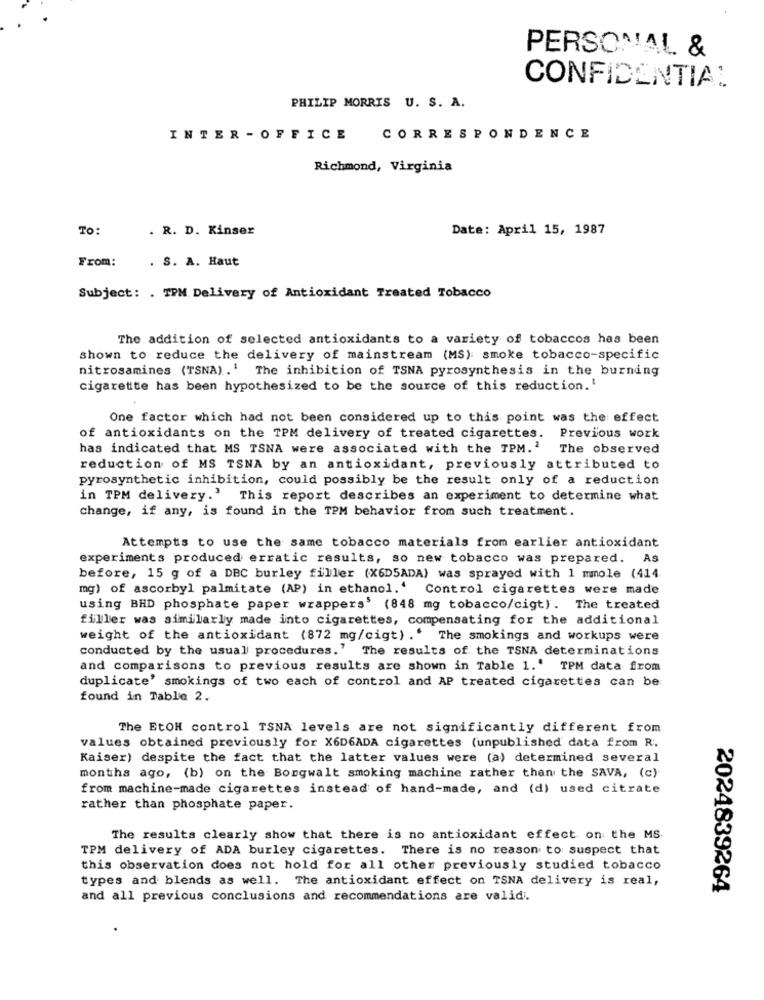
PERSONAL &
CONFIDENTIAL
PHILIP MORRIS U. S. A.
INTER - OFFICE
CORRESPONDENCE
Richmond, Virginia
To:
. R. D. Kinser
Date: April 15, 1987
From:
. S. A. Haut
Subject: . TPM Delivery of Antioxidant Treated Tobacco
The addition of selected antioxidants to a variety of tobaccos has been
shown to reduce the delivery of mainstream (MS): smoke tobacco-specific
nitrosamines (TSNA).' The inhibition of TSNA pyrosynthesis in the burning
cigarette has been hypothesized to be the source of this reduction.'
One factor which had not been considered up to this point was the effect
of antioxidants on the TPM delivery of treated cigarettes. Previous work
has indicated that MS TSNA were associated with the TPM.'
The observed
reduction of MS TSNA by an antioxidant, previously attributed to
pyrosynthetic inhibition, could possibly be the result only of a reduction
in TPM delivery.' This report describes an experiment to determine what
change, if any, is found in the TPM behavior from such treatment.
Attempts to use the same tobacco materials from earlier antioxidant
experiments produced erratic results, so new tobacco was prepared. As
before, 15 g of a DBC burley filler (X6D5ADA) was sprayed with 1 mmole (414
mg) of ascorbyl palmitate (AP) in ethanol.' Control cigarettes were made
using BHD phosphate paper wrappers' (848 mg tobacco/cigt). The treated
filler was similarly made into cigarettes, compensating for the additional
weight of the antioxidant (872 mg/cigt) .' The smokings and workups were
conducted by the usual procedures.' The results of the TSNA determinations
and comparisons to previous results are shown in Table 1.' TPM data from
duplicate' smokings of two each of control and AP treated cigarettes can be
found in Table 2.
The EtOH control TSNA levels are not significantly different from
values obtained previously for X6D6ADA cigarettes (unpublished data from R.
Kaiser) despite the fact that the latter values were (a) determined several
months ago, (b) on the Bongwalt smoking machine rather than the SAVA, (c)
from machine-made cigarettes instead of hand-made, and (d) used citrate
rather than phosphate paper.
The results clearly show that there is no antioxidant effect on the MS.
TPM delivery of ADA burley cigarettes. There is no reason to suspect that
this observation does not hold for all other previously studied tobacco
types and blends as well. The antioxidant effect on TSNA delivery is real,
2024839264
and all previous conclusions and recommendations are validi.